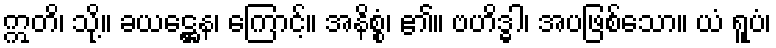
ဣတိ၊ သို့။ ခယဋ္ဌေန၊ ကြောင့်။ အနိစ္စံ၊ ၏။ ဗဟိဒ္ဓါ၊ အပဖြစ်သော။ ယံ ရူပံ၊